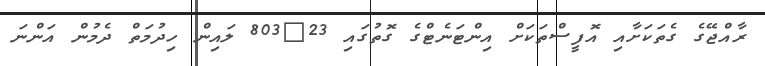
ރާއްޖޭގެ ގެތަކަށާއި އޮފީސްތަކަށް އިންޓަނެޓްގެ ގޮތުގައި 23?803 ލައިން ހިދުމަތް ދެމުން އަންނަ